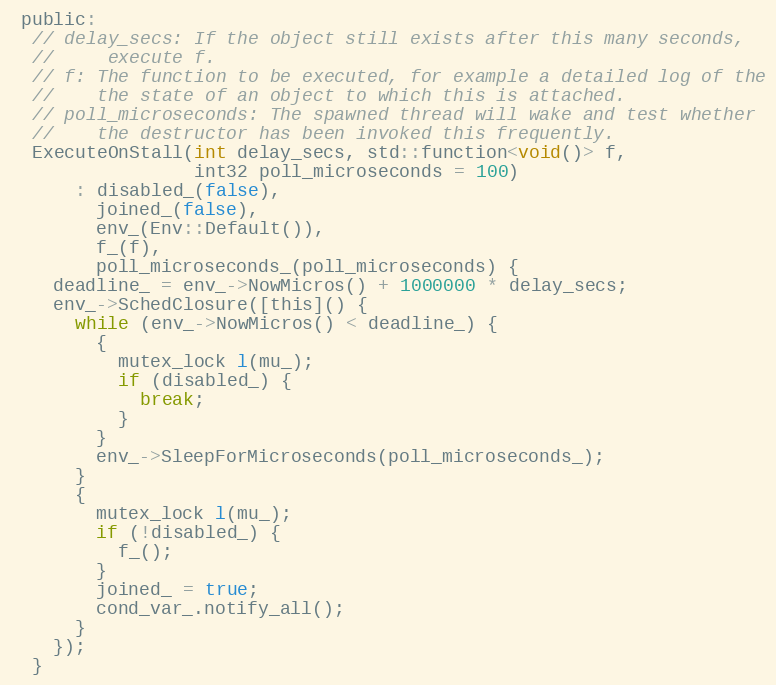
Language: C
 public:
  // delay_secs: If the object still exists after this many seconds,
  //     execute f.
  // f: The function to be executed, for example a detailed log of the
  //    the state of an object to which this is attached.
  // poll_microseconds: The spawned thread will wake and test whether
  //    the destructor has been invoked this frequently.
  ExecuteOnStall(int delay_secs, std::function<void()> f,
                 int32 poll_microseconds = 100)
      : disabled_(false),
        joined_(false),
        env_(Env::Default()),
        f_(f),
        poll_microseconds_(poll_microseconds) {
    deadline_ = env_->NowMicros() + 1000000 * delay_secs;
    env_->SchedClosure([this]() {
      while (env_->NowMicros() < deadline_) {
        {
          mutex_lock l(mu_);
          if (disabled_) {
            break;
          }
        }
        env_->SleepForMicroseconds(poll_microseconds_);
      }
      {
        mutex_lock l(mu_);
        if (!disabled_) {
          f_();
        }
        joined_ = true;
        cond_var_.notify_all();
      }
    });
  }